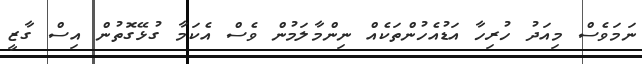
ނަމަވެސް މިއަދު ހުރިހާ އަޑުއެހުންތަކެއް ނިންމާލަމުން ވެސް އެކަމާ ގުޅޭގޮތުން އިސް ގާޒީ